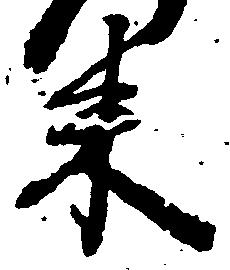
米